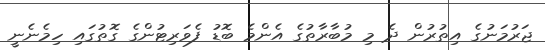
ޖަރުމަނުގެ އިތުރުން ދެ މި މުބާރާތުގެ އެންމެ ބޮޑު ފެވަރިޓުންގެ ގޮތުގައި ހިމެނެނީ